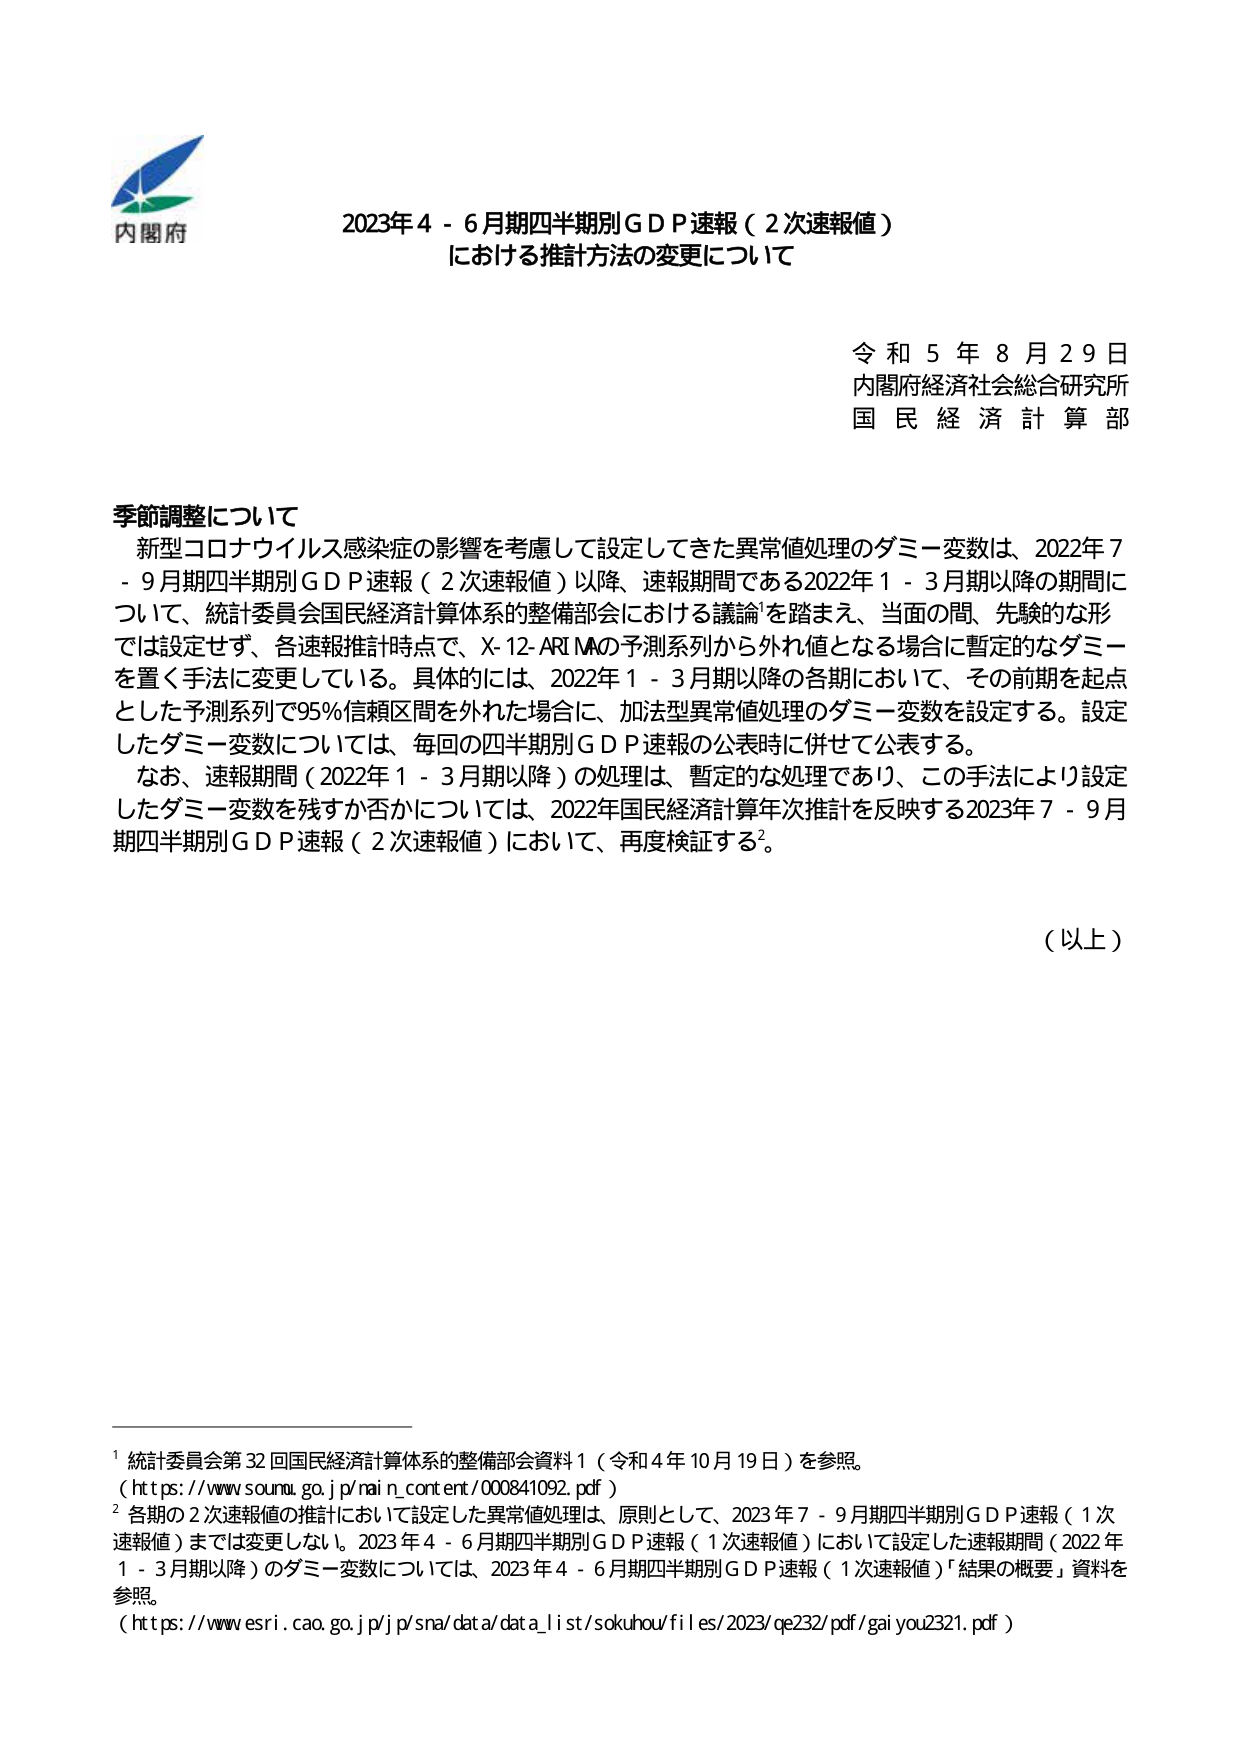
内閣府
2023年4 - 6月期四半期別GDP速報（2次速報値）
における推計方法の変更について

令和5年8月29日
内閣府経済社会総合研究所
国民経済計算部

季節調整について
新型コロナウイルス感染症の影響を考慮して設定してきた異常値処理のダミー変数は、2022年7 - 9月期四半期別GDP速報（2次速報値）以降、速報期間である2022年1 - 3月期以降の期間について、統計委員会国民経済計算体系の整備部会における議論を踏まえ、当面の間、先験的な形では設定せず、各速報推計時点で、X-12-ARIMAの予測系列から外れ値となる場合に暫定的なダミーを置く手法に変更している。具体的には、2022年1 - 3月期以降の各期において、その前期を起点とした予測系列で95%信頼区間を外れた場合に、加法型異常値処理のダミー変数を設定する。設定したダミー変数については、毎回の四半期別GDP速報の公表時に併せて公表する。
なお、速報期間（2022年1 - 3月期以降）の処理は、暫定的な処理であり、この手法により設定したダミー変数を残すか否かについては、2022年国民経済計算年次推計を反映する2023年7 - 9月期四半期別GDP速報（2次速報値）において、再度検証する²。

（以上）

¹ 統計委員会第32回国民経済計算体系の整備部会資料1（令和4年10月19日）を参照。
（https://www.soumu.go.jp/nai_n_content/000841092.pdf）
² 各期の2次速報値の推計において設定した異常値処理は、原則として、2023年7 - 9月期四半期別GDP速報（1次速報値）までは変更しない。2023年4 - 6月期四半期別GDP速報（1次速報値）において設定した速報期間（2022年1 - 3月期以降）のダミー変数については、2023年4 - 6月期四半期別GDP速報（1次速報値）「結果の概要」資料を参照。
（https://www.esri.cao.go.jp/jp/sna/data/data_list/sokuhou/files/2023/qe232/pdf/gaiyou2321.pdf）